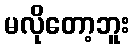
မလိုတော့ဘူး